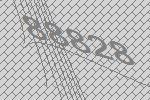
88828